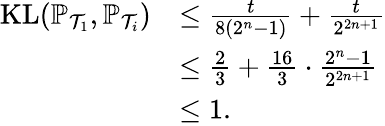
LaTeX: \begin{array}{rl}{\mathrm{KL}(\mathbb{P}_{\mathcal{T}_{1}},\mathbb{P}_{\mathcal{T}_{i}})}&{\le\frac{t}{8(2^{n}-1)}+\frac{t}{2^{2n+1}}}\\ &{\le\frac{2}{3}+\frac{16}{3}\cdot\frac{2^{n}-1}{2^{2n+1}}}\\ &{\le 1.}\end{array}